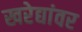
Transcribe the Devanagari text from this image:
खरेद्यांवर